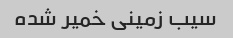
سیب زمینی خمیر شده